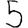
Digit: 5